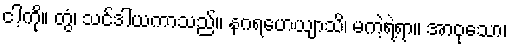
ငါ့ကို။ တွံ၊ သင်ဒါယကာသည်။ နဂရဟေယျာသိ၊ မကဲ့ရဲ့ရာ။ အာဝုသော၊